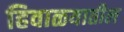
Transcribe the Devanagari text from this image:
हिवाळयातील